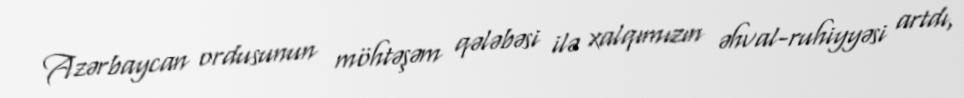
Azərbaycan ordusunun möhtəşəm qələbəsi ilə xalqımızın əhval-ruhiyyəsi artdı,